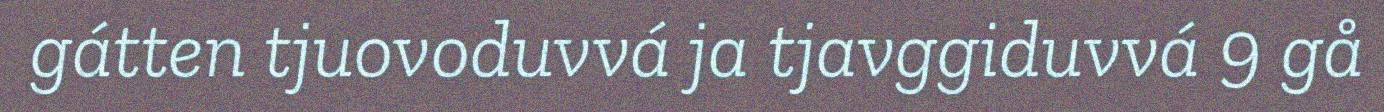
gátten tjuovoduvvá ja tjavggiduvvá 9 gå